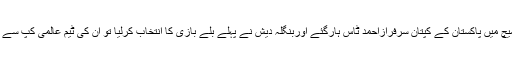
دراصل اگراس میچ میں پاکستان کے کپتان سرفرازاحمد ٹاس ہارگئے اوربنگلہ دیش نے پہلے بلے بازی کا انتخاب کرلیا تو ان کی ٹیم عالمی کپ سے باہرہوجائے گی۔